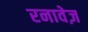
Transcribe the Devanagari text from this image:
रनावेज़